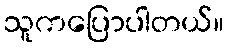
သူကပြောပါတယ်။